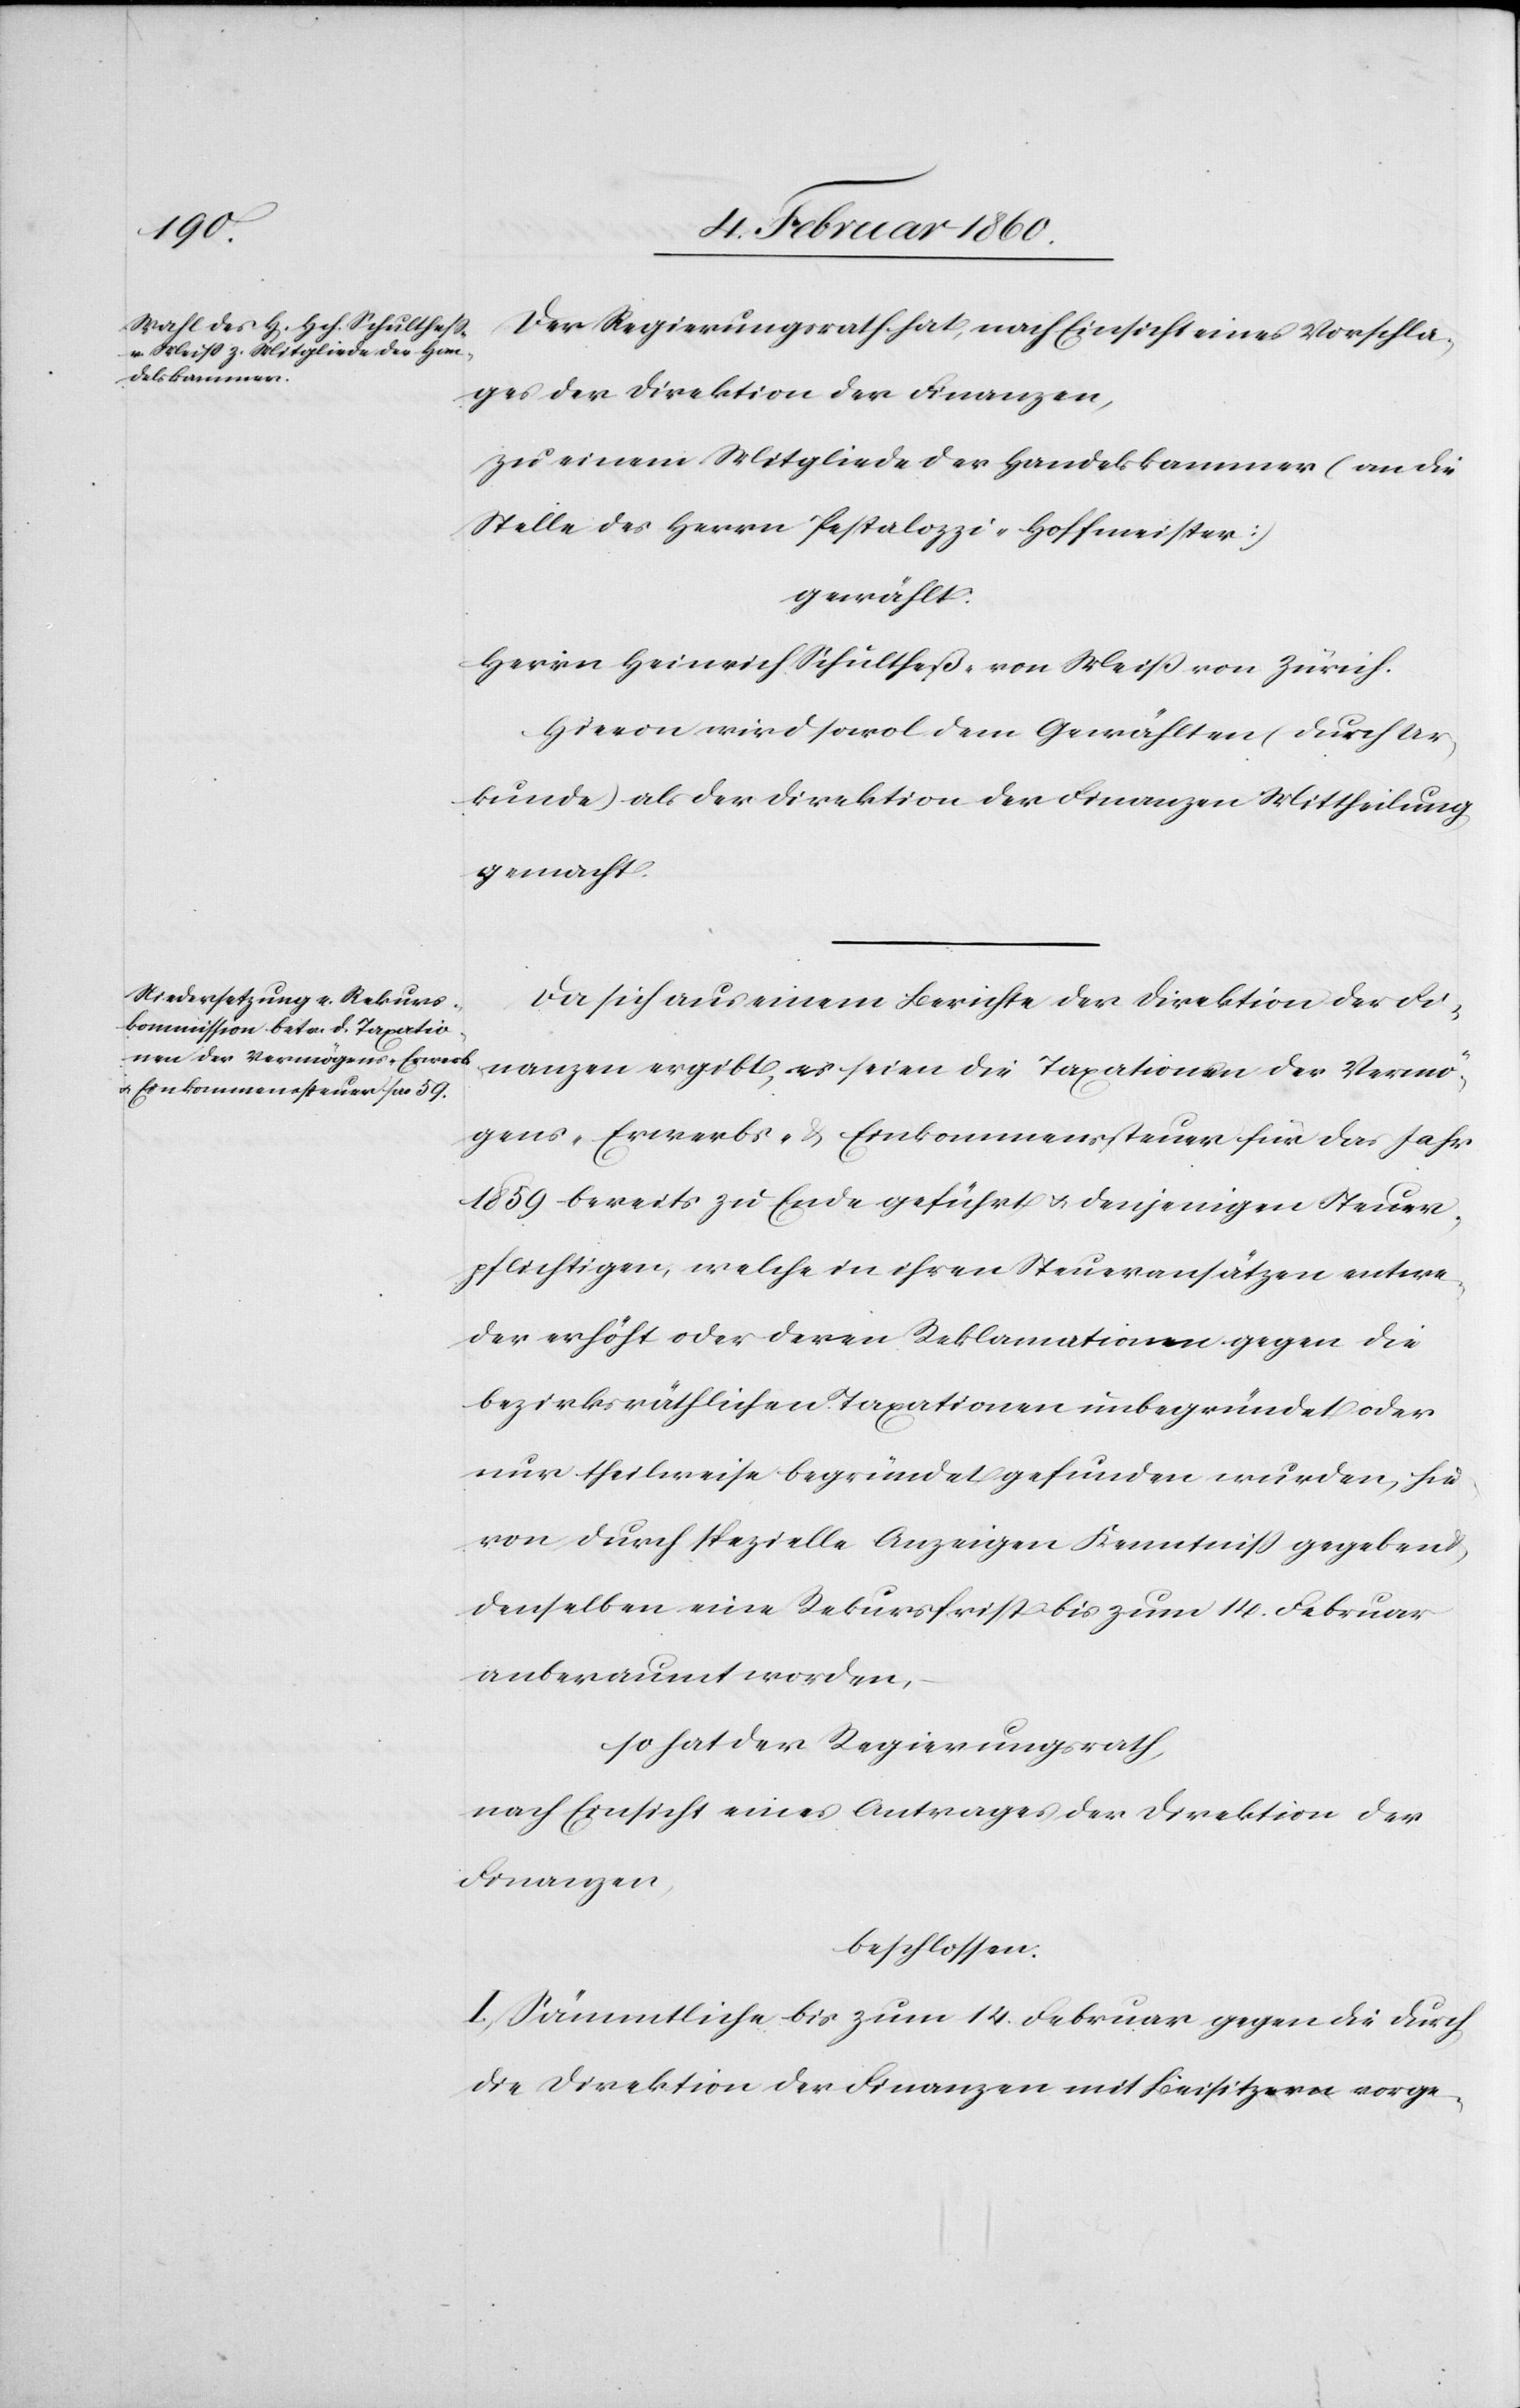
Der Regierungsrath hat, nach Einsicht eines Vorschla¬
ges der Direktion der Finanzen,
zu einem Mitgliede der Handelskammer (an die
Stelle des Herrn Pestalozzi-Hofmeister)
gewählt.
Herrn Heinrich Schultheß von Weiß von Zürich.
Hievon wird sowol dem Gewählten (durch Ur¬
kunde) als der Direktion der Finanzen Mittheilung
gemacht.
Da sich aus einem Berichte der Direktion der Fi¬
nanzen ergibt, es seien die Taxationen der Vermö¬
gens- Erwerbs- u. Einkommenssteuer für das Jahr
1859 bereits zu Ende geführt u. denjenigen Steuer¬
pflichtigen, welche in ihren Steueransätzen entwe¬
der erhöht oder deren Reklamationen gegen die
bezirksräthlichen Taxationen unbegründet oder
nur theilweise begründet gefunden wurden, hie¬
von durch spezielle Anzeigen Kenntniss gegeben
denselben eine Rekursfrist bis zum 14. Februar
anberaumt worden,
so hat der Regierungsrath,
nach Einsicht eines Antrages der Direktion der
Finanzen,
beschlossen:
I. Sämmtliche bis zum 14. Februar gegen die durch
die Direktion der Finanzen mit Beisitzern vorge-